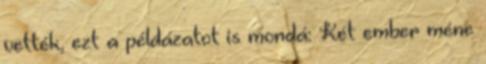
vették, ezt a példázatot is mondá: Két ember méne